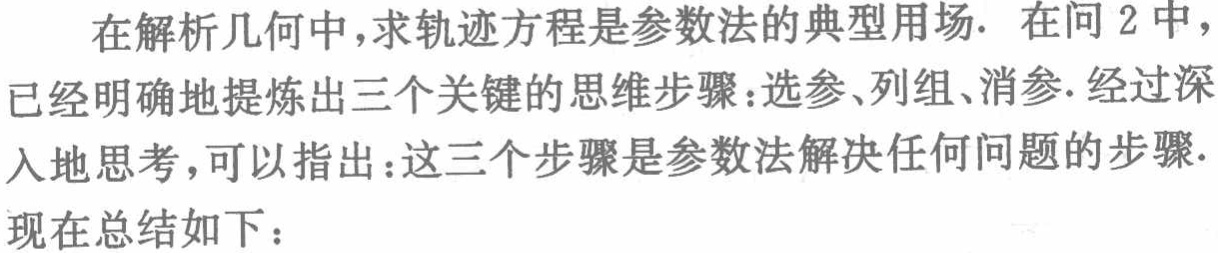
在解析几何中，求轨迹方程是参数法的典型用场. 在问 2 中，已经明确地提炼出三个关键的思维步骤：选参、列组、消参.经过深入地思考，可以指出：这三个步骤是参数法解决任何问题的步骤.现在总结如下：